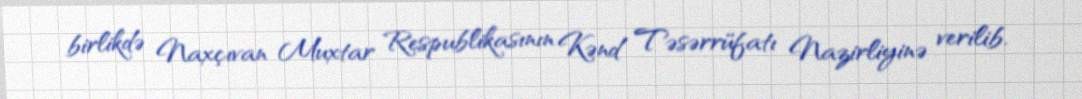
birlikdə Naxçıvan Muxtar Respublikasının Kənd Təsərrüfatı Nazirliyinə verilib.